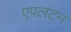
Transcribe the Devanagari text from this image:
एपलटन